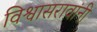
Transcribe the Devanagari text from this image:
विश्वासरावांनी